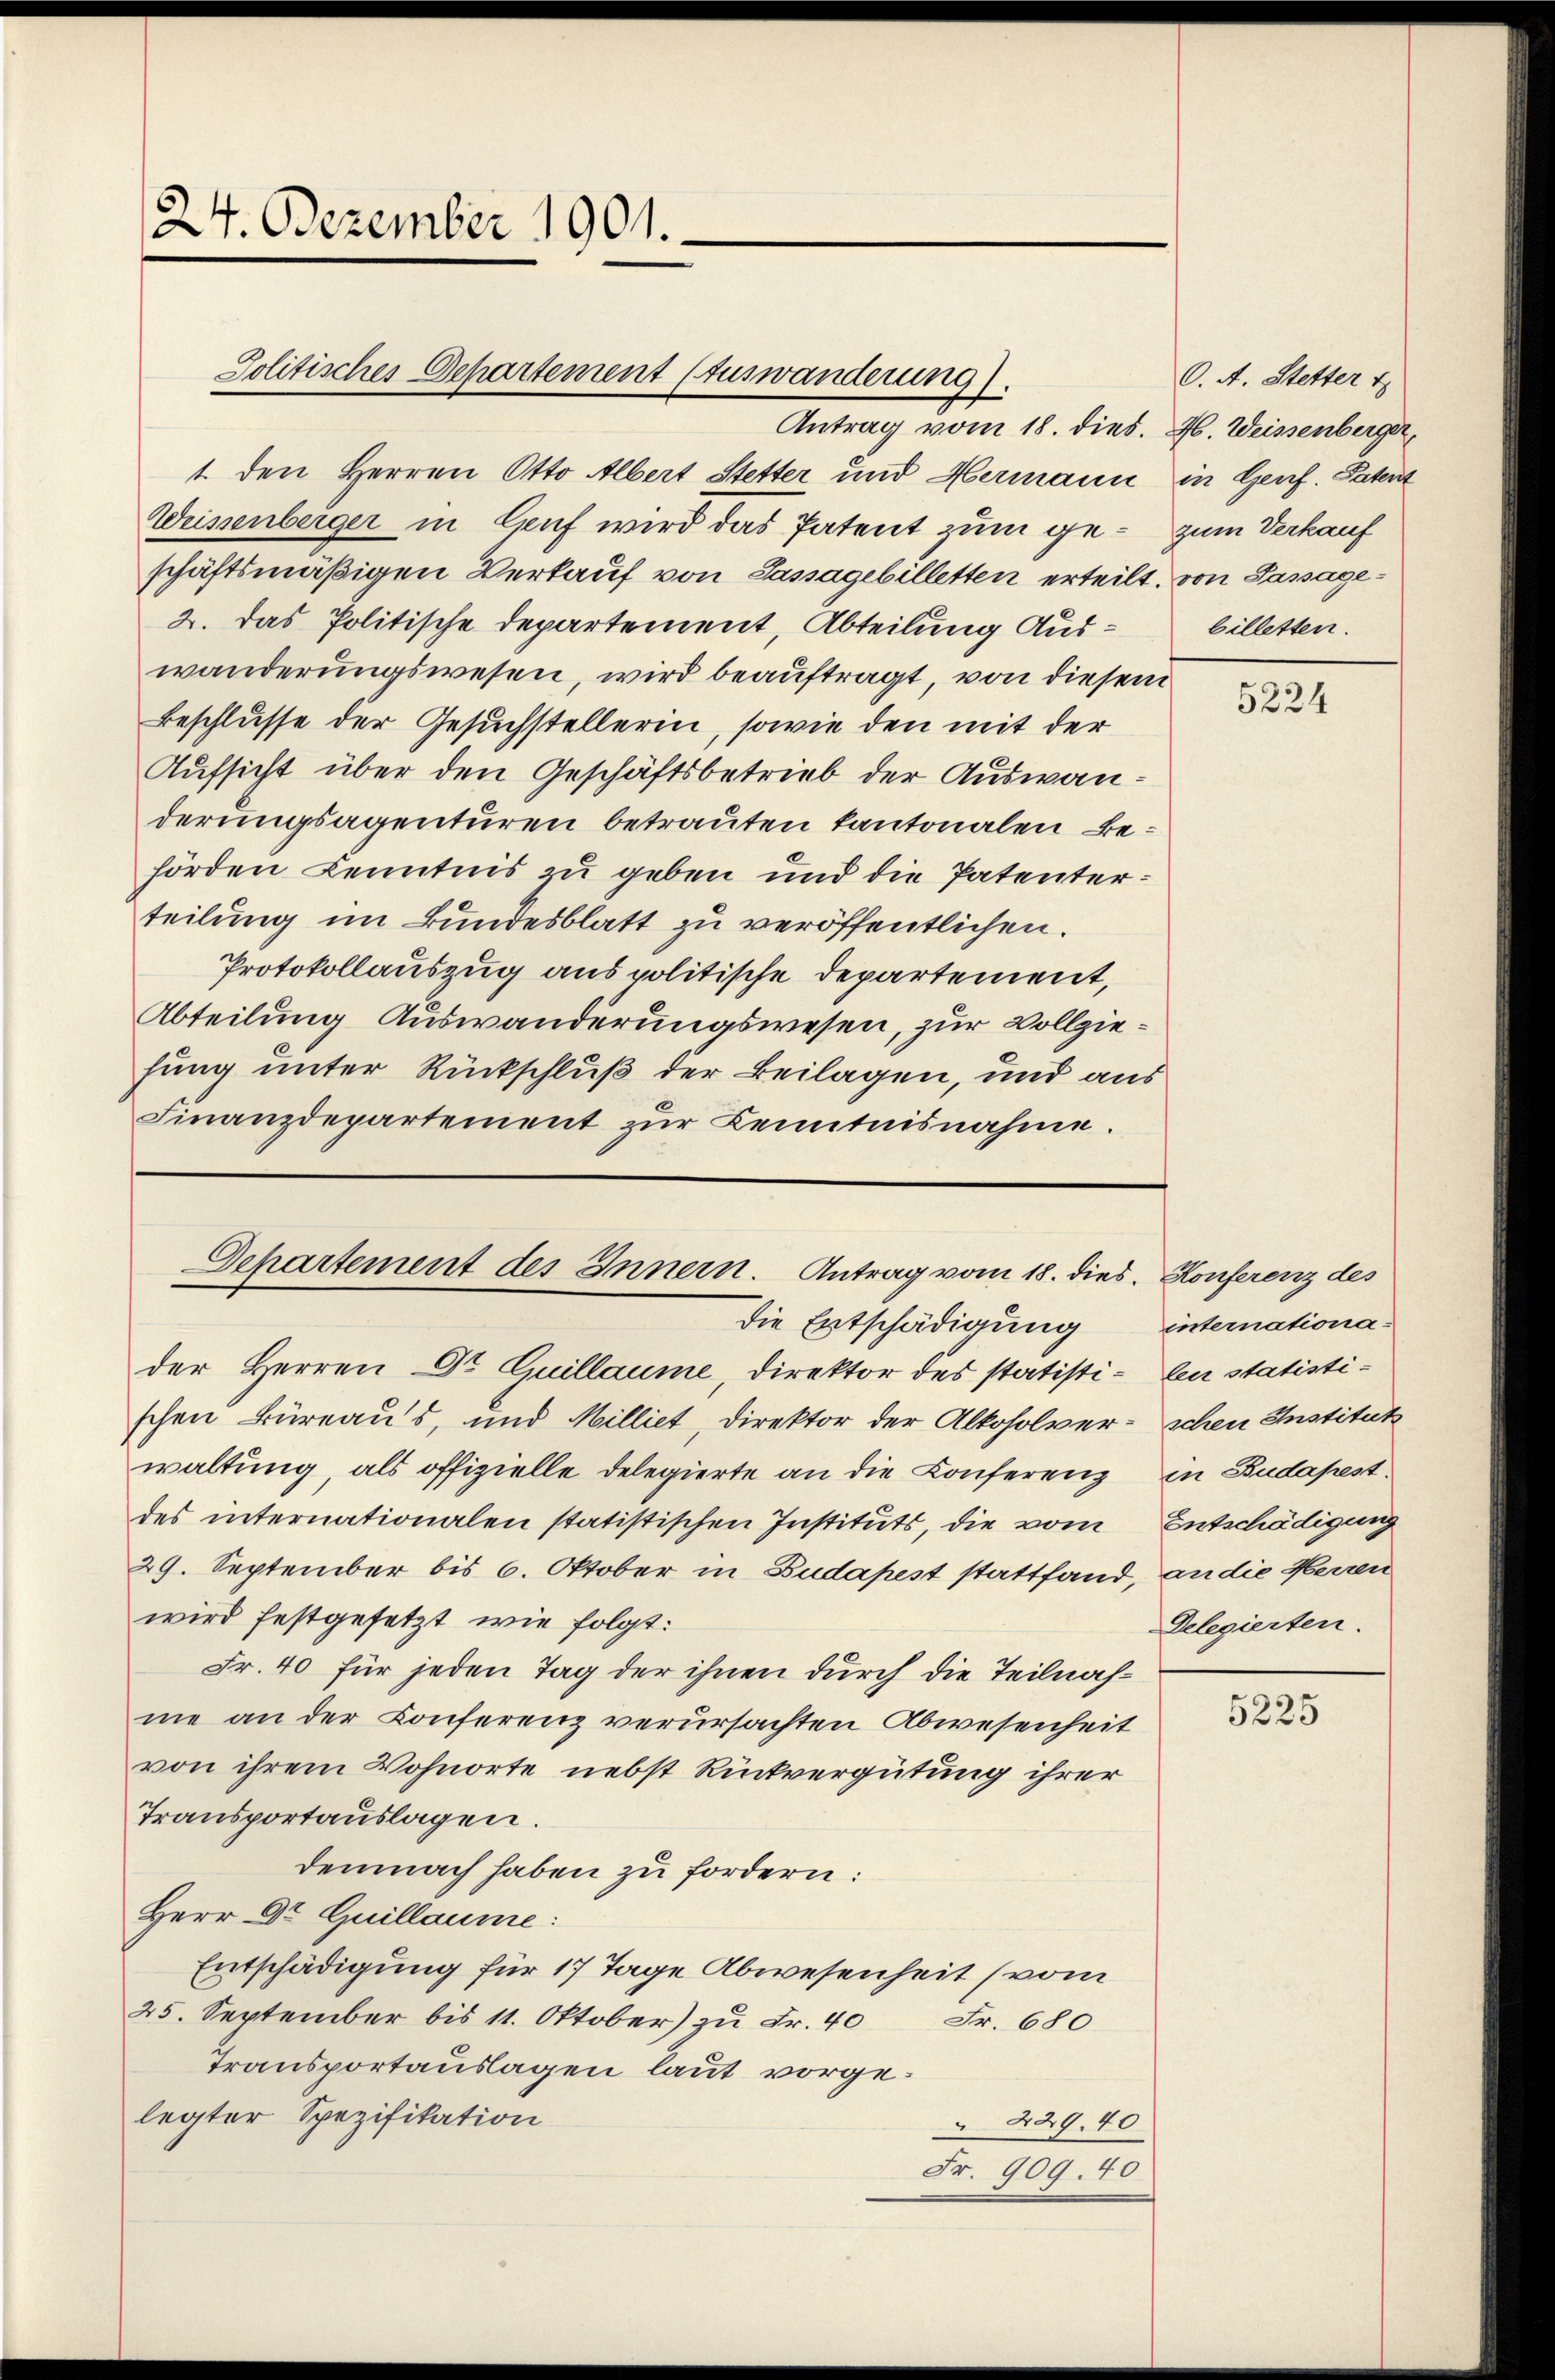
24. Dezember 1901.

Politisches Departement (Auswanderung.

Antrag vom 18. dies. 26. Weissenberger,
1. den Herren Otto Albert Stetter und Hermann in Genf. Patent
Weissenberger in Genf wird das Patent zum ge- zum Verkauf
schäftsmäßigen Verkauf von Sassagebilletten erteilt, von Passage¬
2. Das Politische Departement, Abteilung Auswanderungswesen, wird beauftragt, von diesem
Beschlusse der Gesuchstellerin, sowie den mit der
Aufsicht über den Geschäftsbetrieb der Auswanderungsagenturen betrauten kantonalen Behörden Kenntnis zu geben und die Patenterteilung im Bundesblatt zu veröffentlichen.
Protokollauszug aus politische Departement,
Abteilung Auswanderungswesen, zur Vollziehung unter Rückschluß der Beilagen, und aus
Finanzdepartement zur Kenntnisnahme.

Departement des Innern. Antrag vom 18. dies. Konferenz des

Die Entschädigung internationa-
der Herren Dr Guillaume, direktor des statisti- len statistischen Büreaus, und Milliet, Direktor der Alkoholver- schen Institut
waltung, als offizielle Delegierte an die Conferenz
des internationalen statistischen Instituts, die vom
29. September bis 6. Oktober in Budapest stattfand, an die Herren
wird festgesetzt, wie folgt:
Fr. 40 für jeden Tag der ihnen durch die Teilnahme an der Conferenz verursachten Abwesenheit
von ihrem Wohnorte, nebst Rückvergütung ihrer
Transportauslagen.
demnach haben zu fordern:
Herr Dr. Guillaume:
Entschädigung für 17 Tage Abwesenheit (vom
25. September bis 11. Oktober) zu Fr. 40 Fr. 680
Transportauslagen laut vorgelegter Spezifikation
429. 40
Fr. 909. 40

C. A. Stetter t
billetten.

5224

in Budapest.
Entschädigung
Delegierten.

5225